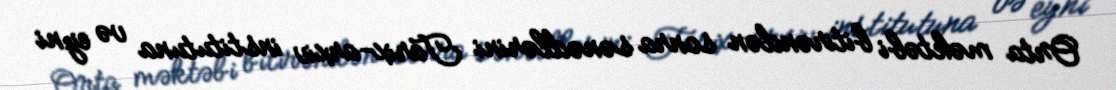
Orta məktəbi bitirəndən sonra sənədlərini Tarix-arxiv institutuna və eyni